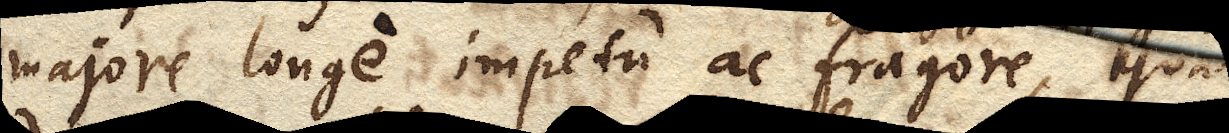
majore longe impetu ac fragore, quam